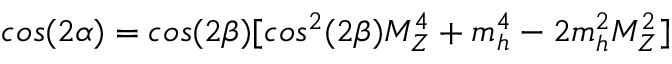
c o s ( 2 \alpha ) = c o s ( 2 \beta ) [ c o s ^ { 2 } ( 2 \beta ) M _ { Z } ^ { 4 } + m _ { h } ^ { 4 } - 2 m _ { h } ^ { 2 } M _ { Z } ^ { 2 } ]